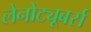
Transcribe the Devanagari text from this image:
लेनोट्यूबर्स